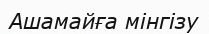
Ашамайға мінгізу